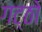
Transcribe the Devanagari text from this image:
गट्ठो